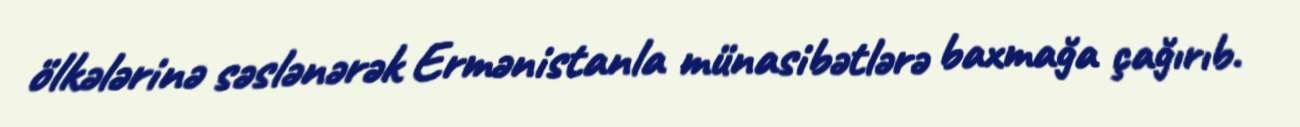
ölkələrinə səslənərək Ermənistanla münasibətlərə baxmağa çağırıb.